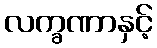
လက္ခဏာနှင့်